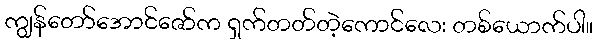
ကျွန်တော်အောင်ဇော်က ရှက်တတ်တဲ့ကောင်လေး တစ်ယောက်ပါ။